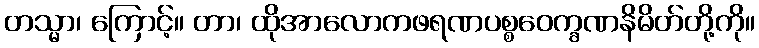
တသ္မာ၊ ကြောင့်။ တာ၊ ထိုအာလောကဖရဏပစ္စဝေက္ခဏနိမိတ်တို့ကို။